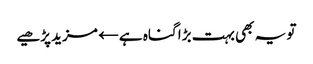
تو یہ بھی بہت بڑا گناہ ہے← مزید پڑھیے